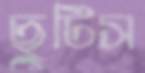
ছুটিস